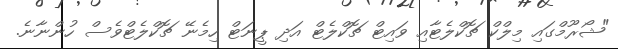
"ޝޯރޫމްގައި މިލްކް ޗޮކްލެޓާއި ވައިޓް ޗޮކްލެޓް އަދި ޕީނަޓް ހިމެނޭ ޗޮކްލެޓްވެސް ހުންނާނެ.